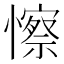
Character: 𢣼